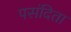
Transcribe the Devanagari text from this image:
पसंदिता